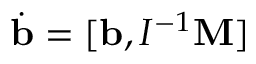
\dot { \bf b } = [ { \bf b } , I ^ { - 1 } { \bf M } ]